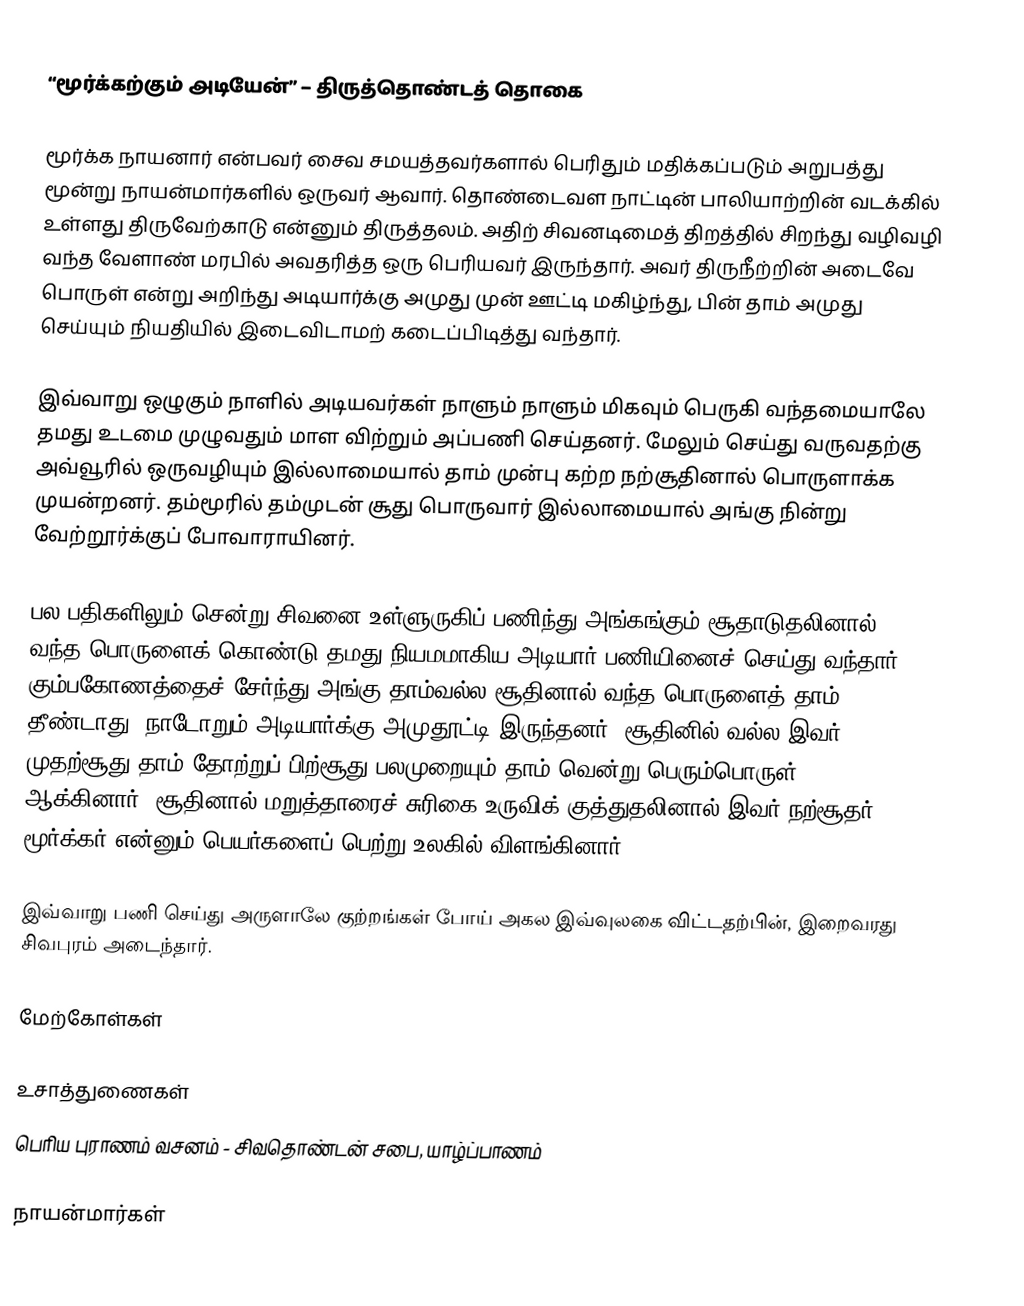
“மூர்க்கற்கும் அடியேன்” – திருத்தொண்டத் தொகை

மூர்க்க நாயனார் என்பவர் சைவ சமயத்தவர்களால் பெரிதும் மதிக்கப்படும் அறுபத்து மூன்று நாயன்மார்களில் ஒருவர் ஆவார். தொண்டைவள நாட்டின் பாலியாற்றின் வடக்கில் உள்ளது திருவேற்காடு என்னும் திருத்தலம். அதிற் சிவனடிமைத் திறத்தில் சிறந்து வழிவழி வந்த வேளாண் மரபில் அவதரித்த ஒரு பெரியவர் இருந்தார். அவர் திருநீற்றின் அடைவே பொருள் என்று அறிந்து அடியார்க்கு அமுது முன் ஊட்டி மகிழ்ந்து, பின் தாம் அமுது செய்யும் நியதியில் இடைவிடாமற் கடைப்பிடித்து வந்தார்.

இவ்வாறு ஒழுகும் நாளில் அடியவர்கள் நாளும் நாளும் மிகவும் பெருகி வந்தமையாலே தமது உடமை முழுவதும் மாள விற்றும் அப்பணி செய்தனர். மேலும் செய்து வருவதற்கு அவ்வூரில் ஒருவழியும் இல்லாமையால் தாம் முன்பு கற்ற நற்சூதினால் பொருளாக்க முயன்றனர். தம்மூரில் தம்முடன் சூது பொருவார் இல்லாமையால் அங்கு நின்று வேற்றூர்க்குப் போவாராயினர்.

பல பதிகளிலும் சென்று சிவனை உள்ளுருகிப் பணிந்து அங்கங்கும் சூதாடுதலினால் வந்த பொருளைக் கொண்டு தமது நியமமாகிய அடியார் பணியினைச் செய்து வந்தார். கும்பகோணத்தைச்  சேர்ந்து அங்கு தாம்வல்ல சூதினால் வந்த பொருளைத் தாம் தீண்டாது. நாடோறும் அடியார்க்கு அமுதூட்டி இருந்தனர். சூதினில் வல்ல இவர், முதற்சூது தாம் தோற்றுப் பிற்சூது பலமுறையும் தாம் வென்று பெரும்பொருள் ஆக்கினார். சூதினால் மறுத்தாரைச் சுரிகை உருவிக் குத்துதலினால் இவர் நற்சூதர் – மூர்க்கர் என்னும் பெயர்களைப் பெற்று உலகில் விளங்கினார்.

இவ்வாறு பணி செய்து அருளாலே குற்றங்கள் போய் அகல இவ்வுலகை விட்டதற்பின், இறைவரது சிவபுரம் அடைந்தார்.

மேற்கோள்கள்

உசாத்துணைகள்
பெரிய புராணம் வசனம் - சிவதொண்டன் சபை, யாழ்ப்பாணம்

நாயன்மார்கள்